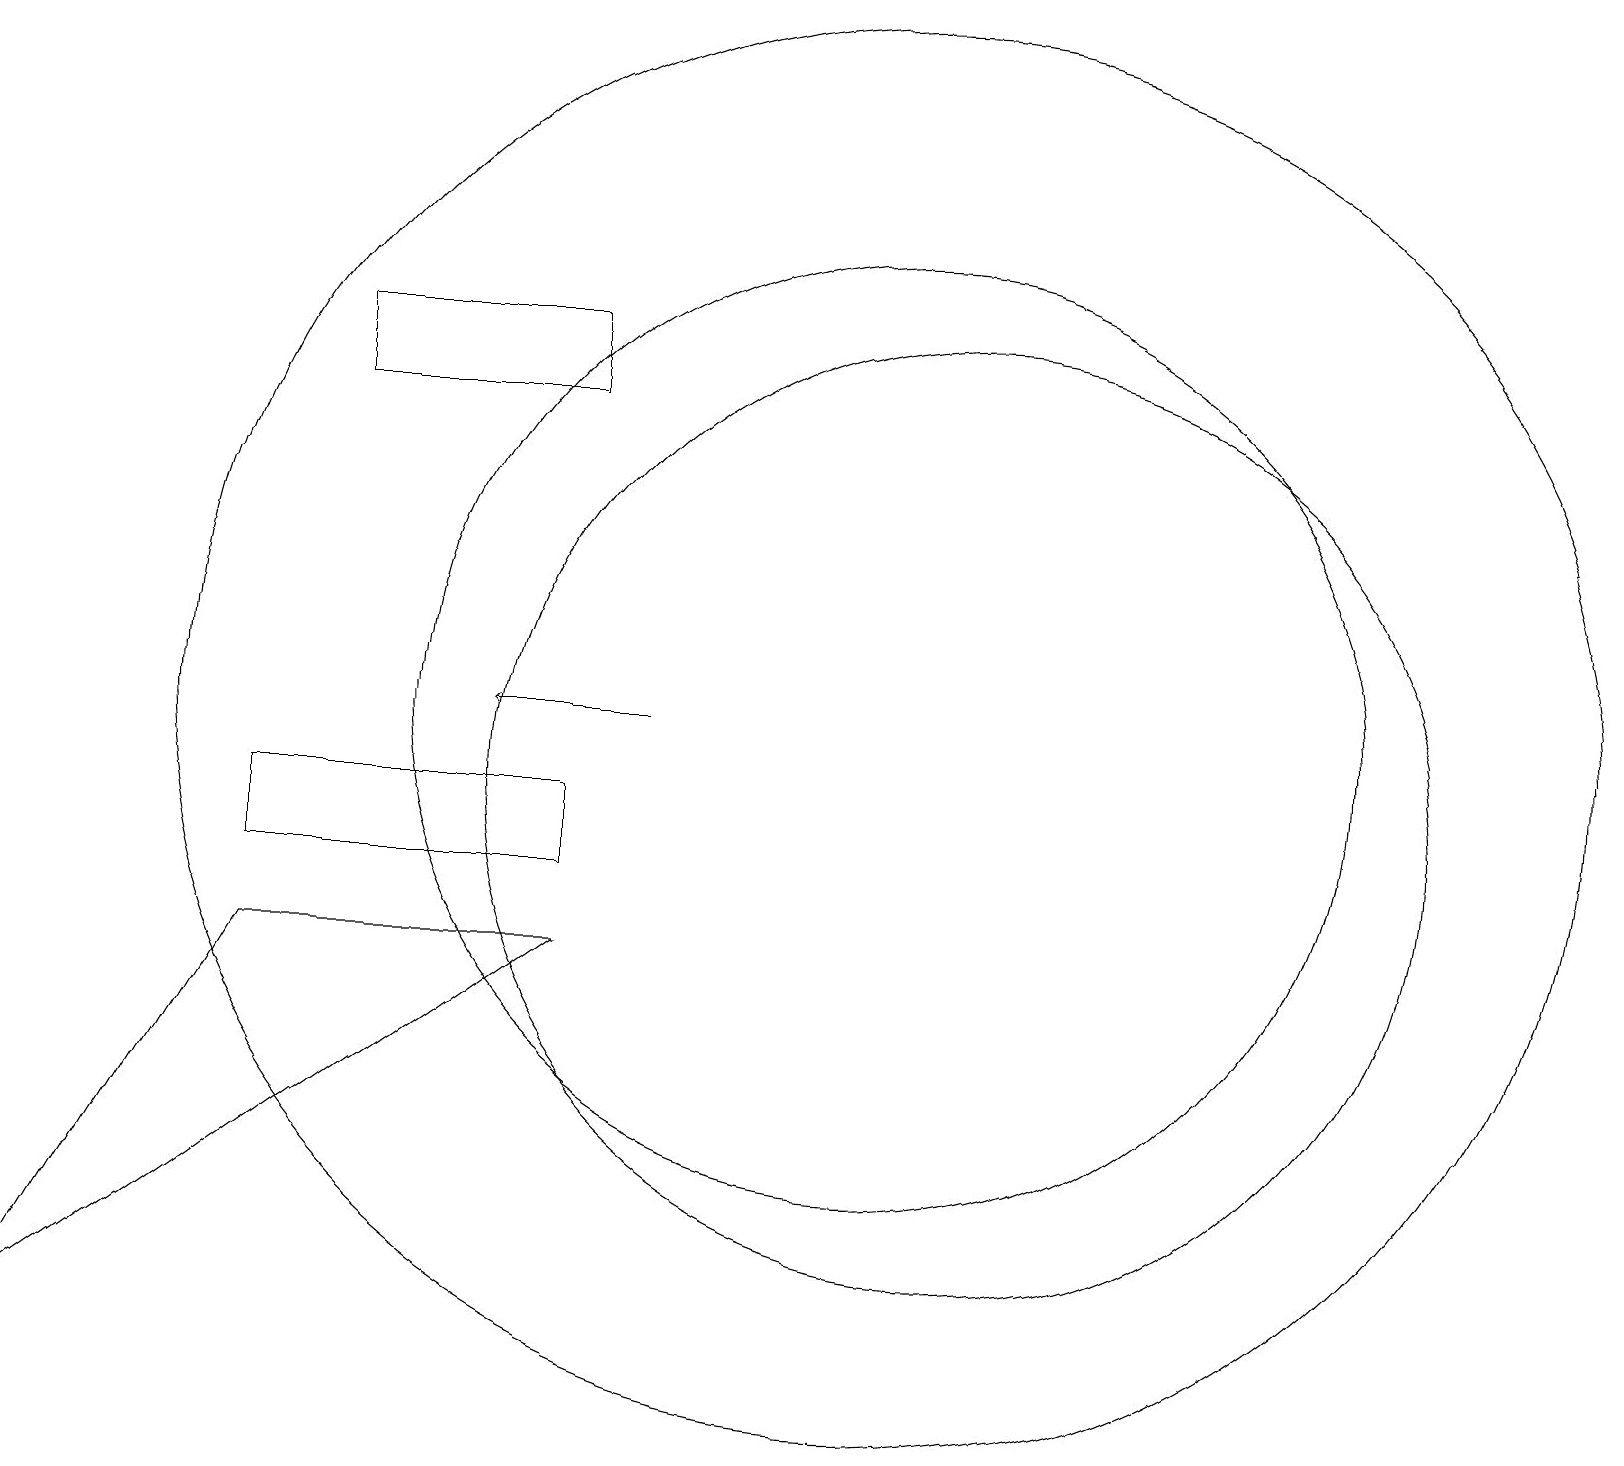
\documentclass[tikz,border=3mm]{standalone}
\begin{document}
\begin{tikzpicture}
\draw (4,16) rectangle (6,16);
\draw (7,16) rectangle (4,17);
\draw (12,11) circle (6);
\draw[->] (8,12) -- (6,12);
\draw (11,12) circle (6);
\draw (3,9) -- (0,4) -- (7,9) -- cycle;
\draw (11,12) circle (9);
\draw (7,11) rectangle (3,10);
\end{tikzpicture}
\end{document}